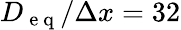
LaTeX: D_{\mathrm{~e~q~}}/\Delta x=32